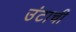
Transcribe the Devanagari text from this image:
उंटाची